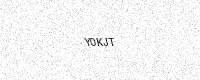
Text: Y0KJT